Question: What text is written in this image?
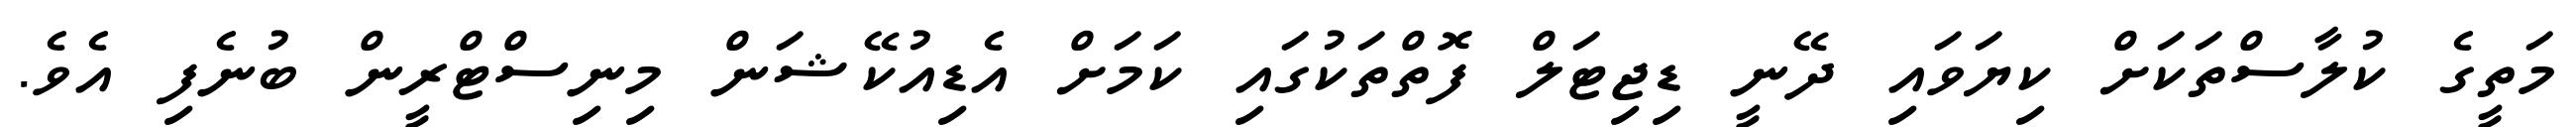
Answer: މަތީގެ ކުލާސްތަކަށް ކިޔަވައި ދޭނީ ޑިޖިޓަލް ފޮތްތަކުގައި ކަމަށް އެޑިއުކޭޝަން މިނިސްޓްރީން ބުނެފި އެވެ.